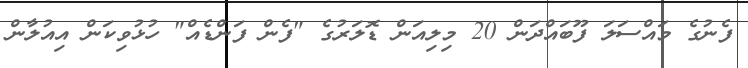
ފެނުގެ މައްސަލަ ފޫބައްދަން 20 މިލިއަން ޑޮލަރުގެ "ފެން ފަންޑެއް" ހުޅުވިކަން އިއުލާން